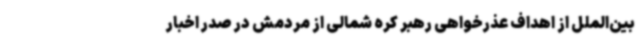
بین‌الملل از اهداف عذرخواهی رهبر کره شمالی از مردمش در صدر اخبار